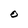
Character: O